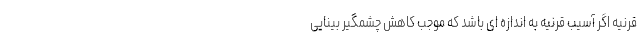
قرنیه اگر آسیب قرنیه به اندازه ای باشد که موجب کاهش چشمگیر بینایی